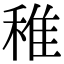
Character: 稚